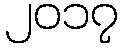
၂၀၁၇